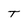
Character: T